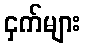
ငှက်များ